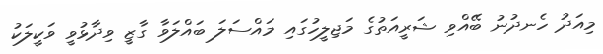
މިއަދު ހެނދުނު ބޭއްވި ޝަރީއަތުގެ މަޖިލީހުގައި މައްސަލަ ބައްލަވާ ގާޒީ ވިދާޅުވީ ވަކީލަކު